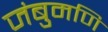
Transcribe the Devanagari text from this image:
जंबुमणि